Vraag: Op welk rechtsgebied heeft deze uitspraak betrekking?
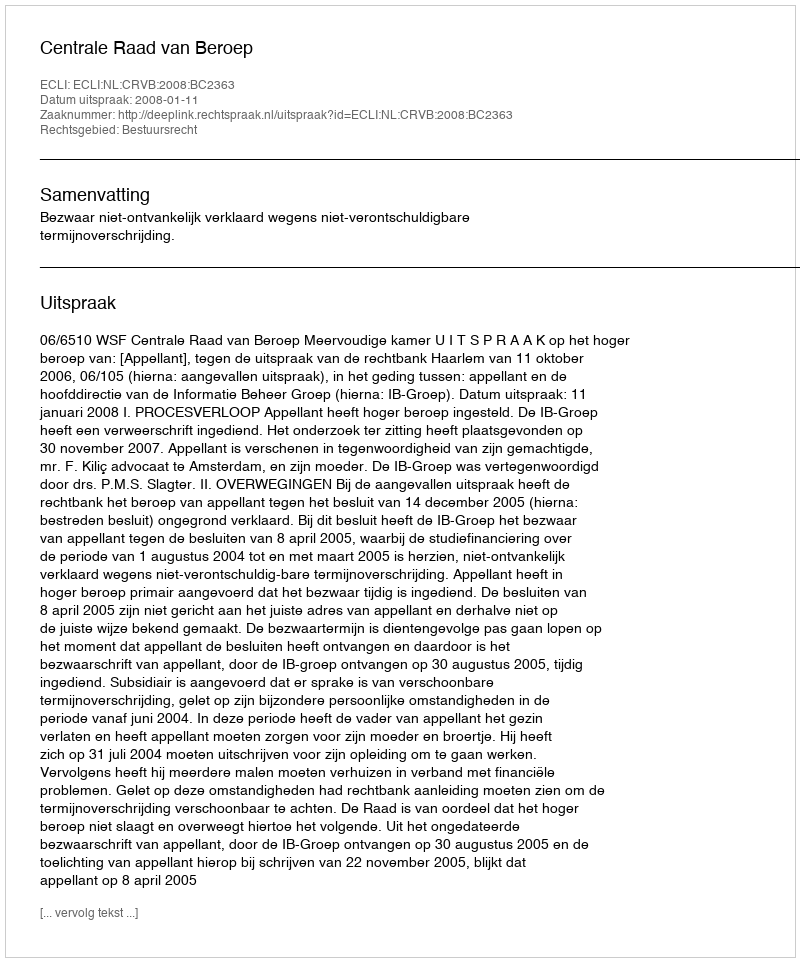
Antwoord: Bestuursrecht